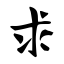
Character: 求